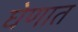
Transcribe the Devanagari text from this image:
घेणात